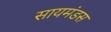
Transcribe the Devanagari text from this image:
सायमंडस